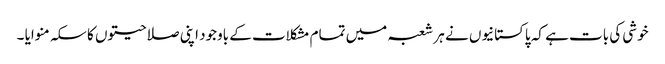
خوشی کی بات ہے کہ پاکستانیوں نے ہر شعبہ میں تمام مشکلات کے باوجود اپنی صلاحیتوں کا سکہ منوایا ۔